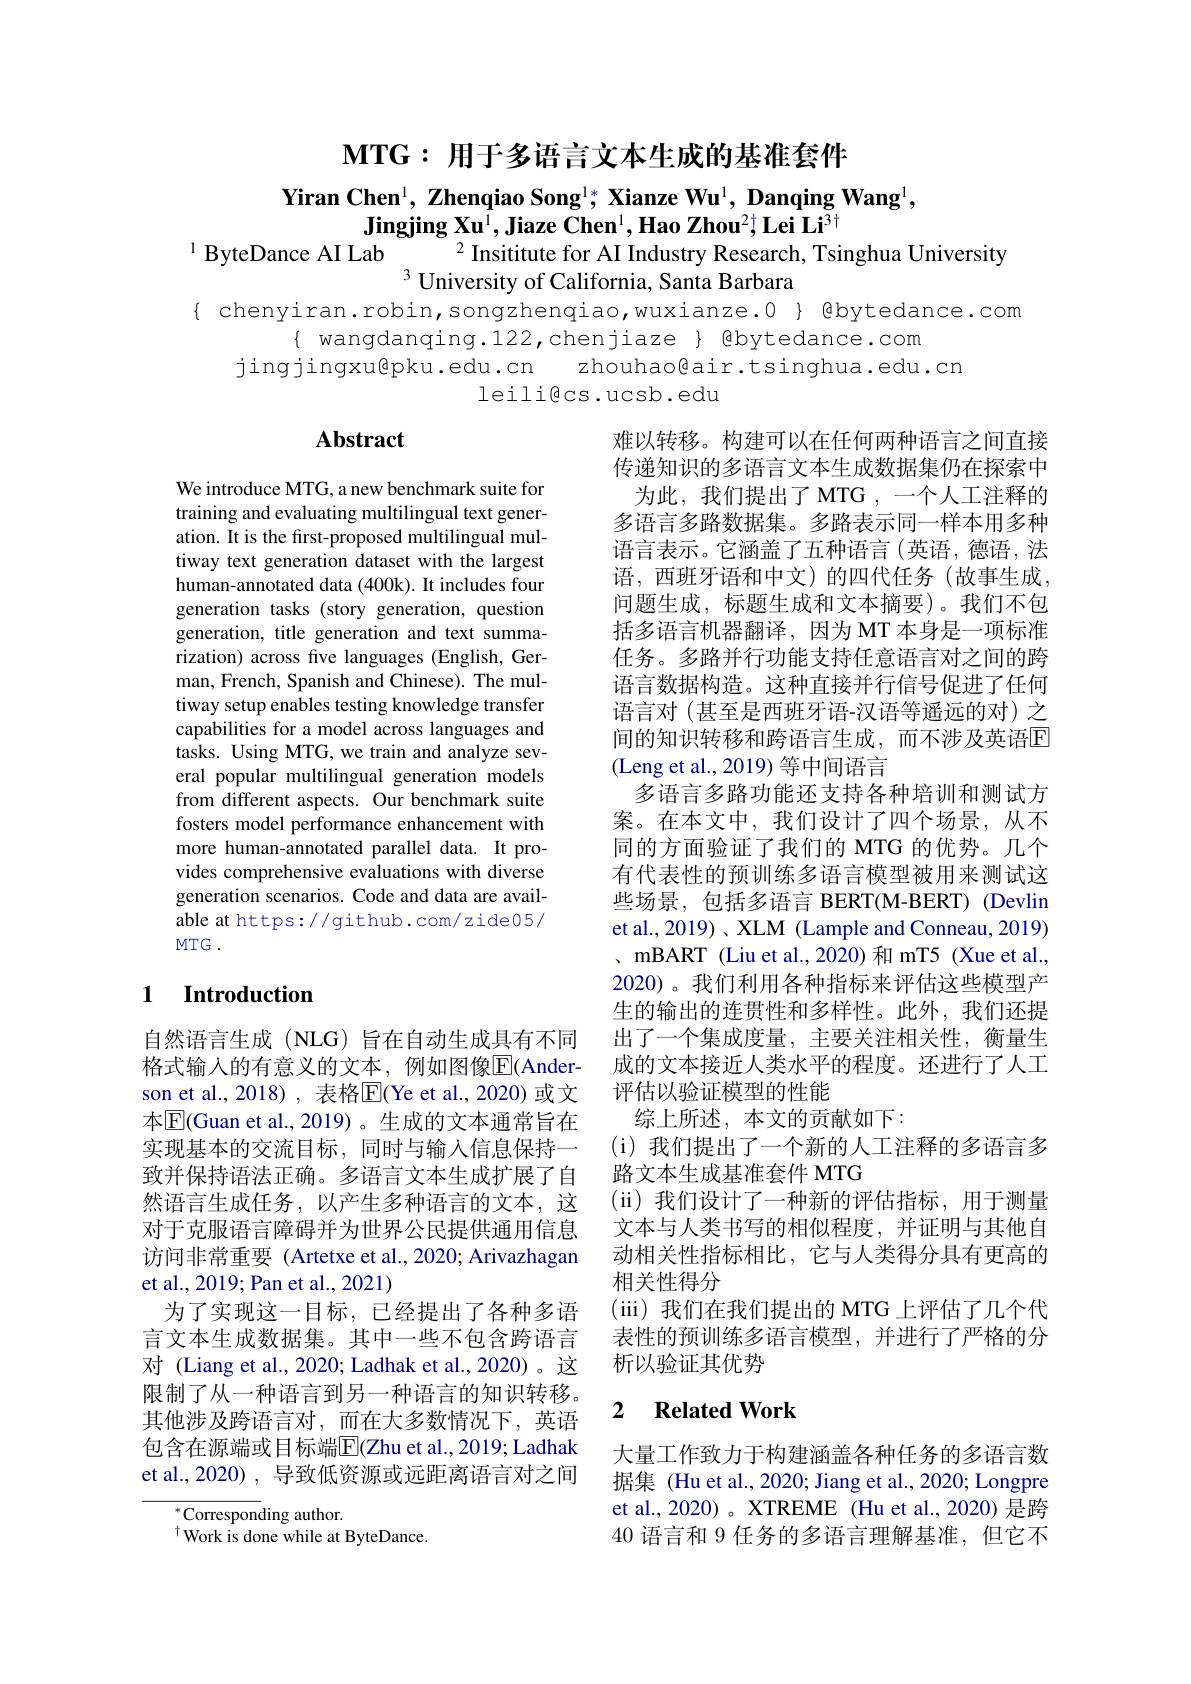
$\mathbf{MTG:H}$于多语言文本生成的基准套件

Yiran Chen$^1,\textbf{Zhenqiao Song}^{1*},\textbf{Xianze Wu}^{1},\textbf{Danqing Wang}^{1}$,
$\textbf{Jingjing Xu}^1,\textbf{Jiaze Chen}^1,\textbf{Hao Zhou}^2;\textbf{Lei Li}^{3+}$
# 1 ByteDance AI Lab
$^{2}$ Insititute for AI Industry Research, Tsinghua University

$^{3}$ University of California, Santa Barbara
{ chenyiran.robin,songzhenqiao,wuxianze.0} { @bytedance.com
$\{$ wangdanqing.122,chenjiaze $\}$ @bytedance.com
jingjingxu@pku.edu.cn zhouhao@air.tsinghua.edu.cr
leiligcs.ucsb.edu

# Abstract

We introduce MTG, a new benchmark suite for training and evaluating multilingual text generation. It is the first-proposed multilingual multiway text generation dataset with the largest human-annotated data (400k). It includes four generation tasks (story generation, question generation, title generation and text summarization) across five languages (English, German, French, Spanish and Chinese). The multiway setup enables testing knowledge transfer capabilities for a model across languages and tasks. Using MTG, we train and analyze several popular multilingual generation models from different aspects. Our benchmark suite fosters model performance enhancement with more human-annotated parallel data. It provides comprehensive evaluations with diverse generation scenarios. Code and data are available at https://github.com/zide05/ MTG .

难以转移。构建可以在任何两种语言之间直接传递知识的多语言文本生成数据集仍在探索中
为此，我们提出了 MTG ,一个人工注释的多语言多路数据集。多路表示同一样本用多种语言表示。它涵盖了五种语言(英语，德语，法语，西班牙语和中文)的四代任务(故事生成， 问题生成，标题生成和文本摘要)。我们不包括多语言机器翻译，因为 MT 本身是一项标准任务。多路并行功能支持任意语言对之间的跨语言数据构造。这种直接并行信号促进了任何语言对(甚至是西班牙语-汉语等遥远的对)之间的知识转移和跨语言生成，而不涉及英语$\overline{\mathrm{E}}$ (Leng et al., 2019) 等中间语言
多语言多路功能还支持各种培训和测试方案。在本文中，我们设计了四个场景，从不同的方面验证了我们的 MTG 的优势。几个有代表性的预训练多语言模型被用来测试这些场景，包括多语言 BERT(M-BERT) (Devlin et al., 2019) , XLM (Lample and Conneau, 2019) 、mBART (Liu et al.,2020) 和 mT5 (Xue et al., 2020)。我们利用各种指标来评估这些模型产生的输出的连贯性和多样性。此外，我们还提出了一个集成度量，主要关注相关性，衡量生成的文本接近人类水平的程度。还进行了人工评估以验证模型的性能
综上所述，本文的贡献如下：
( i) 我们提出了一个新的人工注释的多语言多
路文本生成基准套件 MTG
(ii)我们设计了一种新的评估指标，用于测量文本与人类书写的相似程度，并证明与其他自动相关性指标相比，它与人类得分具有更高的相关性得分
(iii)我们在我们提出的 MTG 上评估了几个代表性的预训练多语言模型，并进行了严格的分析以验证其优势

## 1 Introduction

自然语言生成(NLG)旨在自动生成具有不同格式输入的有意义的文本，例如图像$\overline{\mathrm{F}}($Anderson et al., 2018), 表格$\overline{\mathrm{E}}($Ye et al.,2020)或文本$\overline{\mathrm{E}}($Guan et al., 2019)。生成的文本通常旨在实现基本的交流目标，同时与输人信息保持一致并保持语法正确。多语言文本生成扩展了自然语言生成任务，以产生多种语言的文本，这对于克服语言障碍并为世界公民提供通用信息访问非常重要 (Artetxe et al., 2020; Arivazhagan et al., 2019; Pan et al., 2021)
为了实现这一目标，已经提出了各种多语言文本生成数据集。其中一些不包含跨语言对 (Liang et al., 2020; Ladhak et al., 2020)。这限制了从一种语言到另一种语言的知识转移。其他涉及跨语言对，而在大多数情况下，英语包含在源端或目标端$\overline{\mathrm{E}}($Zhu et al.,2019; Ladhak et al.,2020) , 导致低资源或远距离语言对之间

## 2 $\textbf{Related Work}$

大量工作致力于构建涵盖各种任务的多语言数据集 (Hu et al., 2020; Jiang et al., 2020; Longpre et al., 2020) 。XTREME (Hu et al., 2020) 是跨40语言和 9 任务的多语言理解基准，但它不

${}_{+}^{*}$Corresponding author.
$^{\dagger}$Work is done while at ByteDance.